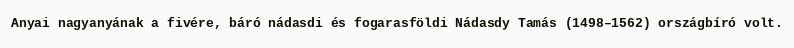
Anyai nagyanyának a fivére, báró nádasdi és fogarasföldi Nádasdy Tamás (1498–1562) országbíró volt.